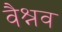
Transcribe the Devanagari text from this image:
वैश्नव